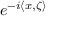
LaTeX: e ^ { - i \langle x , \zeta \rangle }